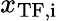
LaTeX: x_{\mathrm{TF,i}}